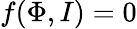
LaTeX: f(\Phi,I)=0